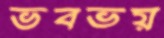
ভবভয়